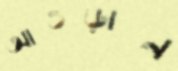
আওড়ান